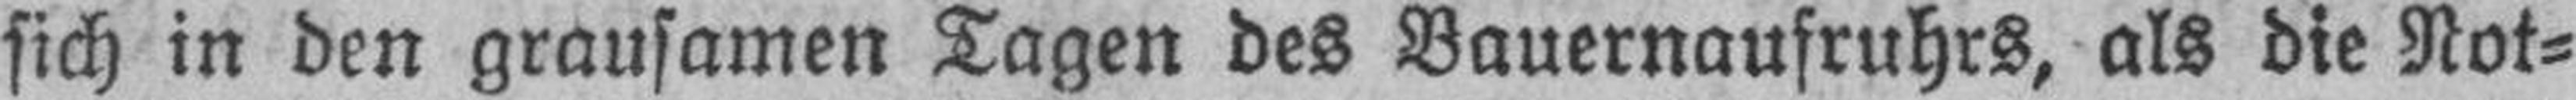
sich in den grausamen Tagen des Bauernaufruhrs, als die Not¬